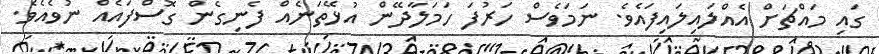
ގައި މައްޗަށް އެއްލައިލައިފައެވެ. ނަމަވެސް ހަރުފަ ހަމަލާދޭން އުޅޭތަނެއް ފެނިގެން ގޮސްފައެއް ނުވެއެވެ.